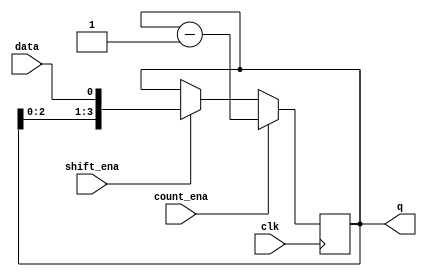
module top_module (
    input clk,
    input shift_ena,
    input count_ena,
    input data,
    output [3:0] q);
    
    reg [3:0] cnt;
    
    always @(posedge clk) begin
        if(shift_ena)
            cnt <= {cnt[2:0], data};
        if(count_ena)
            cnt <= cnt - 4'h1;
    end
    
    assign q = cnt;

endmodule